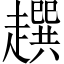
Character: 𧾌